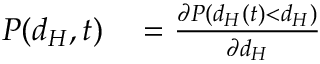
\begin{array} { r l } { P ( d _ { H } , t ) } & { { } = \frac { \partial P ( d _ { H } ( t ) < d _ { H } ) } { \partial d _ { H } } } \end{array}